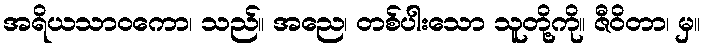
အရိယသာဝကော၊ သည်။ အညေ၊ တစ်ပါးသော သူတို့ကို။ ဇီဝိတာ၊ မှ။